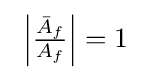
\ \left|{\tfrac {{\bar {A}}_{f}}{A_{f}}}\right|=1\